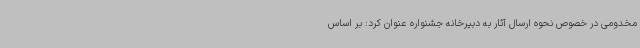
مخدومی در خصوص نحوه ارسال آثار به دبیرخانه جشنواره عنوان کرد: بر اساس